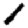
Digit: 1